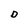
Character: D